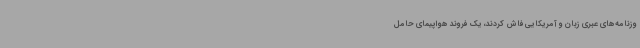
وزنامه‌های عبری زبان و آمریکایی فاش کردند، یک فروند هواپیمای حامل